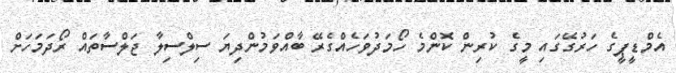
އެމްޑީޕީގެ ހަރުގޭގައި މީގެ ކުރިން ކޮންމެ ހޯމަދުވަހެއްގެރޭ ބާއްވަމުންދިޔަ ސިލްސިލާ ޖަލްސާތައް ރޯދަމަހަށް